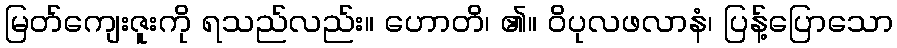
မြတ်ကျေးဇူးကို ရသည်လည်း။ ဟောတိ၊ ၏။ ဝိပုလဖလာနံ၊ ပြန့်ပြောသော